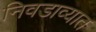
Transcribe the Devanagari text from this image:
निवडाव्यात